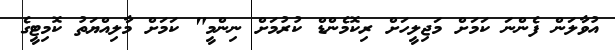
އުވާލަން ފެންނަ ކަމަށް މަޖިލީހަށް ރިކޮމެންޑް ކުރުމަށް ނިންމީ" ކަމަށް މާލިއްޔަތު ކޮމިޓީގެ